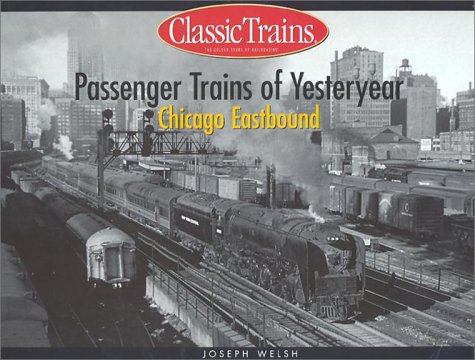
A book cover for Passenger Trains of Yesteryear: Chicago Eastbound (Golden Years of Railroading); Joseph Welsh; Travel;